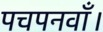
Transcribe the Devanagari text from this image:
पचपनवाँ।